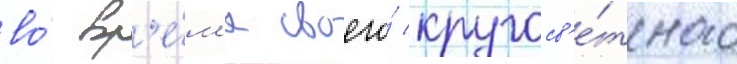
во́ вр'е́м'я своего́ кругосв'е́тного